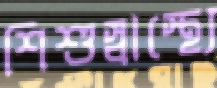
শিশুস্বাস্থ্যে